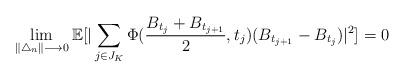
LaTeX: \begin{align*}\displaystyle \lim\limits_{\|\bigtriangleup_{n}\| \longrightarrow 0 } \mathbb{E} [| \sum_{ \substack{j\in J_{K}} } \Phi(\frac{B_{t_{j}}+B_{t_{j+1}}}{2},t_{j}) (B_{t_{j+1}}-B_{t_{j}}) |^2 ]=0\end{align*}